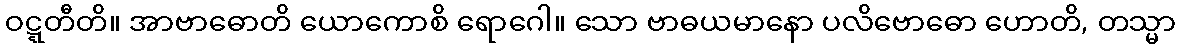
ဝဋ္ဋတီတိ။ အာဗာဓောတိ ယောကောစိ ရောဂေါ။ သော ဗာဓယမာနော ပလိဗောဓော ဟောတိ, တသ္မာ